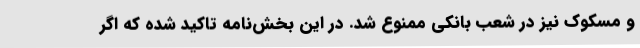
و مسکوک نیز در شعب بانکی ممنوع شد. در این بخش‌نامه تاکید شده که اگر